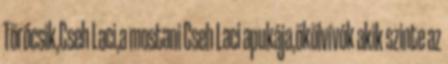
Törőcsik,Cseh Laci,a mostani Cseh Laci apukája,ökölvívók akik szinte az